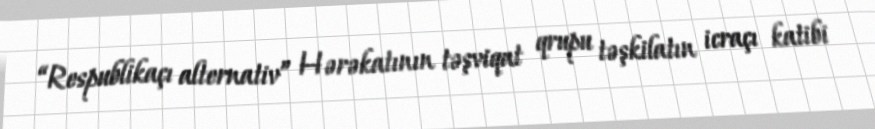
“Respublikaçı alternativ” Hərəkatının təşviqat qrupu təşkilatın icraçı katibi